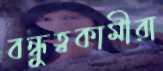
বন্ধুত্বকামীরা